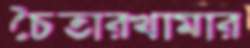
চৈতারখামার